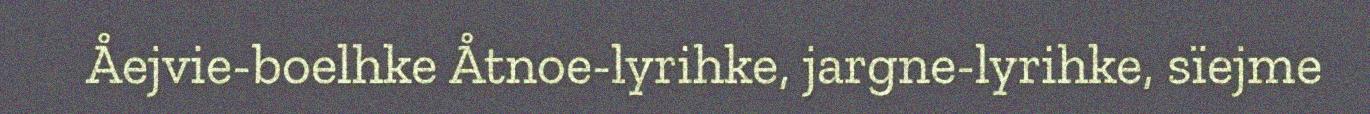
Åejvie-boelhke Åtnoe-lyrihke, jargne-lyrihke, sïejme